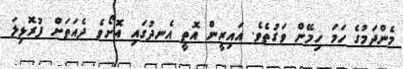
މެންދަމުގެ ހަމަ ހިމޭން ވަގުތެވެ. އައިރީން އޮތީ އެނދުގައި އޮށޯވެ ދެއަތަށް ފުރޮޅިލަ